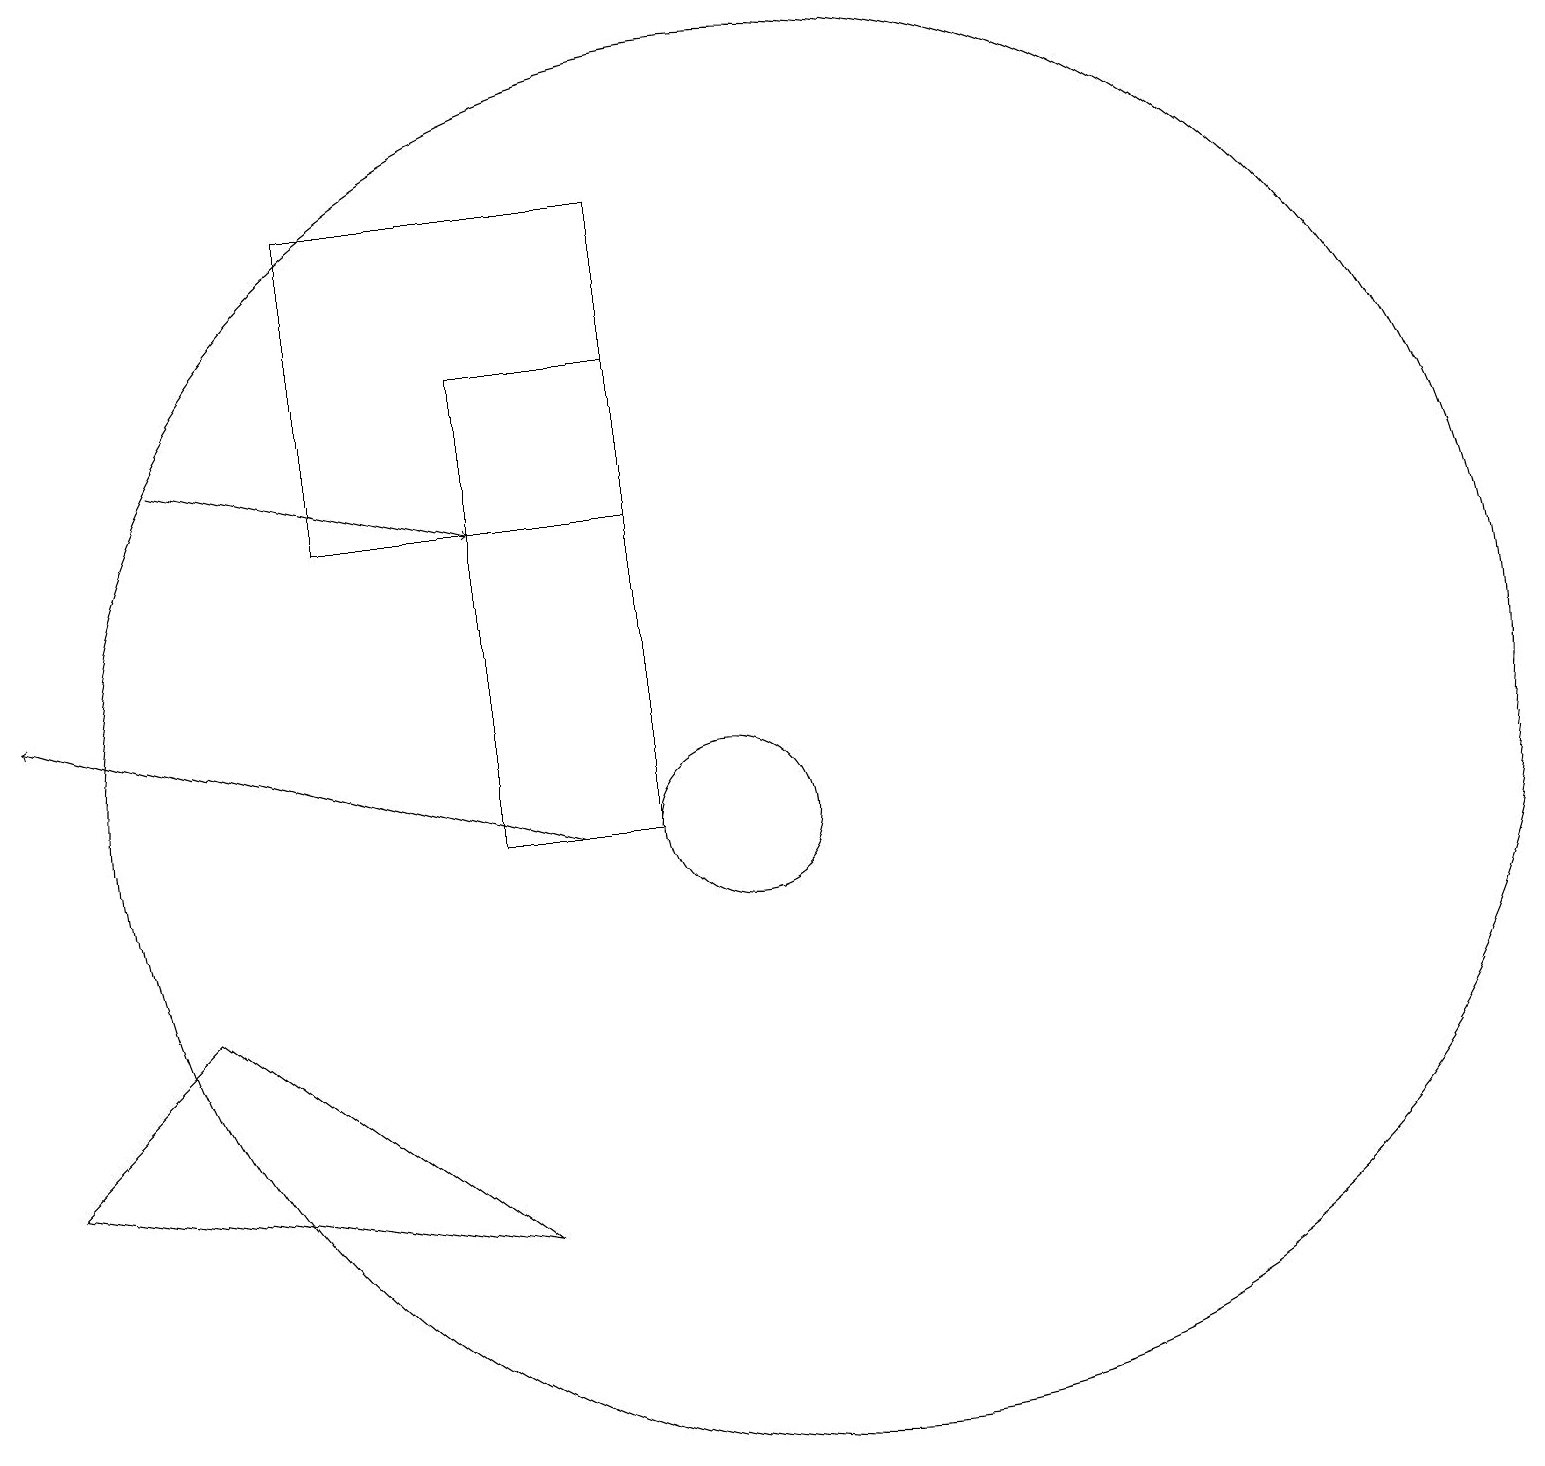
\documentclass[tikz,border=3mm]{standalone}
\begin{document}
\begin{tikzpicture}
\draw (11,11) circle (9);
\draw[->] (8,10) -- (1,12);
\draw (7,5) -- (3,8) -- (1,6) -- cycle;
\draw (10,10) circle (1);
\draw (7,10) rectangle (9,16);
\draw[->] (3,15) -- (7,14);
\draw (5,14) rectangle (9,18);
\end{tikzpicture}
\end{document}